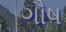
ગૌષ